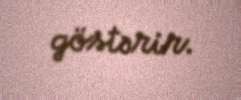
göstərir.